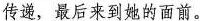
传递，最后来到她的面前。